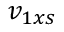
v _ { 1 x s }